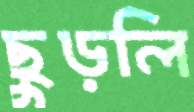
ছুড়লি